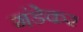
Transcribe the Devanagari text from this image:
गंडेकर